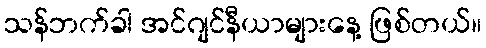
သန်ဘက်ခါ အင်ဂျင်နီယာများနေ့ ဖြစ်တယ်။